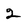
Character: 2